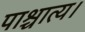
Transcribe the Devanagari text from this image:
पाश्चात्य।